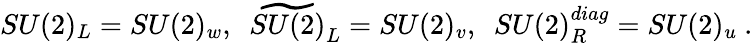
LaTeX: SU(2)_{L}=SU(2)_{w},~~\widetilde{SU(2)}_{L}=SU(2)_{v},~~SU(2)_{R}^{diag}=SU(2)_{u}\ .